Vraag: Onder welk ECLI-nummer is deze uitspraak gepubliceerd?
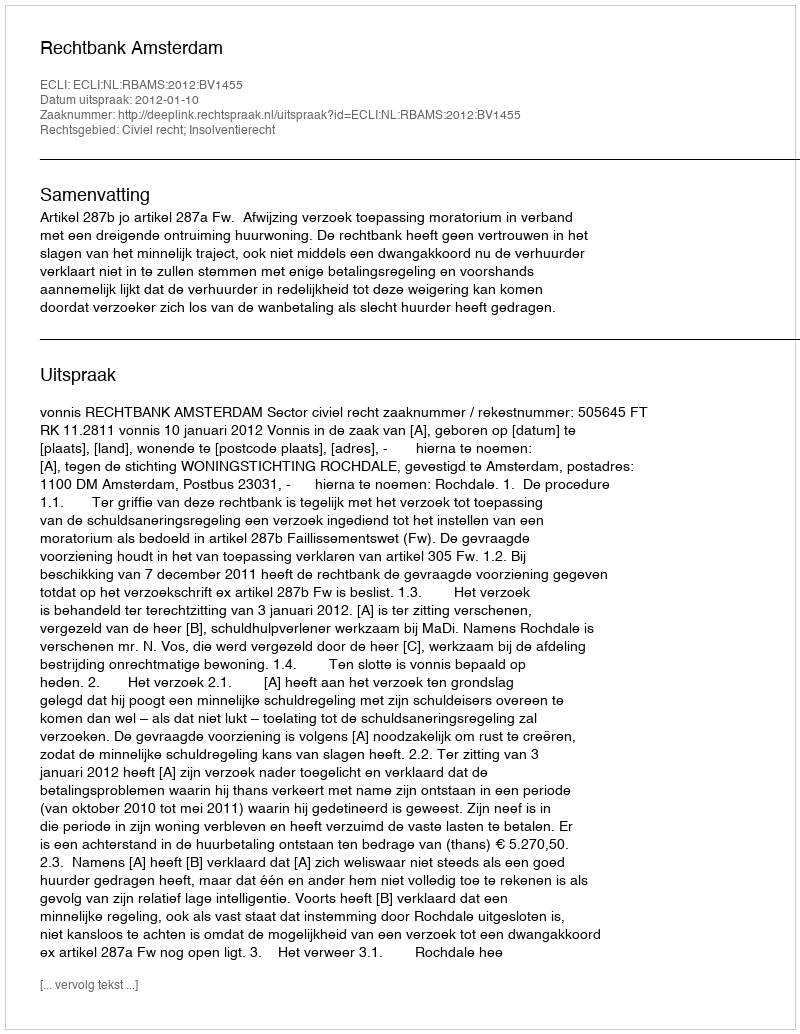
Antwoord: ECLI:NL:RBAMS:2012:BV1455